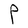
Character: P